Vaccination in Bombay 1924-1928 - 1924-1928
Year: 1924
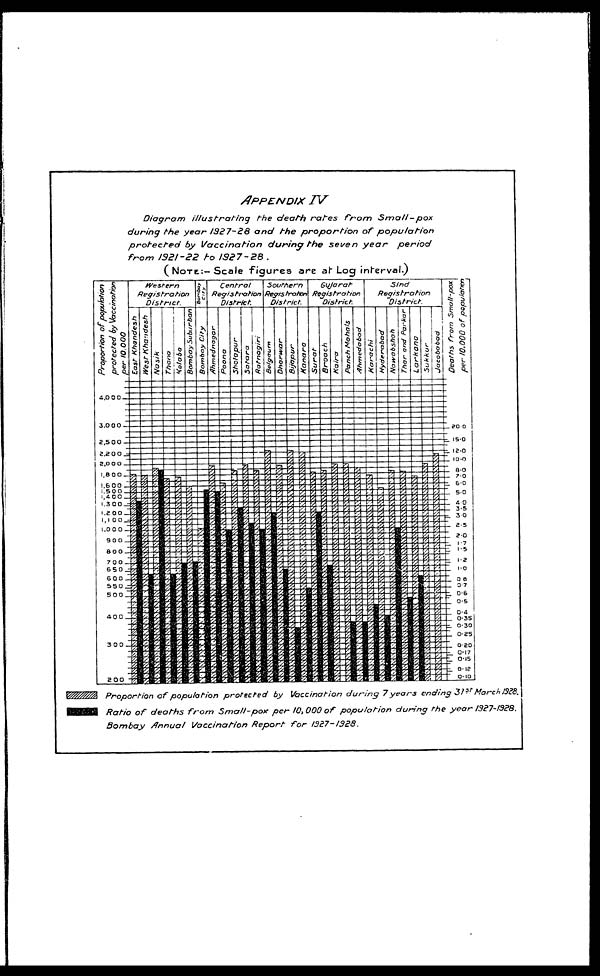
APPENDIX
IV
Diagram illustrating
the death rates
from
Small-pox
during the year 1927-28 and the proportion
of
population
protected
by Vaccination
during the seven year
period
from 1921-22 to 1927-28
.
(NOTE:- Scale figures are at Log
interval.)